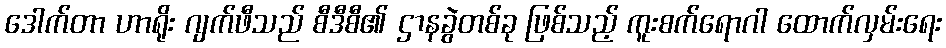
ဒေါက်တာ ဟာရိုး ဂျက်ဖီသည် စီဒီစီ၏ ဌာနခွဲတစ်ခု ဖြစ်သည့် ကူးစက်ရောဂါ ထောက်လှမ်းရေး